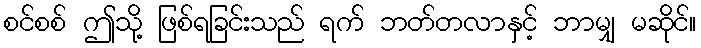
စင်စစ် ဤသို့ ဖြစ်ရခြင်းသည် ရက် ဘတ်တလာနှင့် ဘာမျှ မဆိုင်။